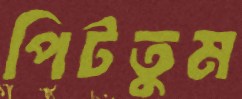
পিটতুম